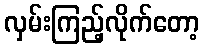
လှမ်းကြည့်လိုက်တော့